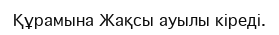
Құрамына Жақсы ауылы кіреді.